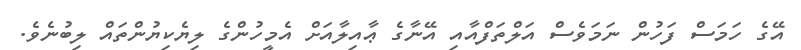
އޭގެ ހަމަސް ފަހުން ނަމަވެސް އަލްތަފްއާއި އޭނާގެ ޢާއިލާއަށް އެމީހުންގެ ލިޔެކިޔުންތައް ލިބުނެވެ.